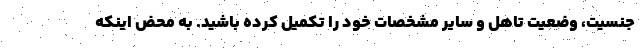
جنسیت، وضعیت تاهل و سایر مشخصات خود را تکمیل کرده باشید. به محض اینکه